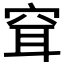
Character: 𥥯